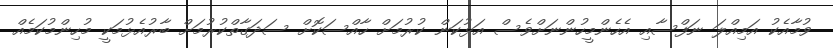
ވުމާއެކު އަމިއްލަ ނަފްސާއި އެހެންމީހުންނަށްވެސް އަޅުކަން ކުރުމަށް ހާއްސަކޮށް ސަދަގާތްކުރުމަށް ބާރުއެޅުމަކީ މުހިންމުކަމެއް